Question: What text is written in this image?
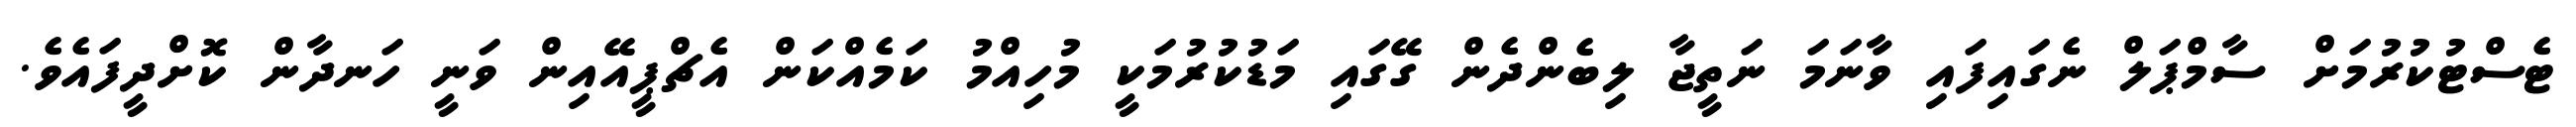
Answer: ޓެސްޓުކުރުމަށް ސާމްޕަލް ނެގައިފައި ވާނަމަ ނަތީޖާ ލިބެންދެން ގޭގައި މަޑުކުރުމަކީ މުހިއްމު ކަމެއްކަން އެޗްޕީއޭއިން ވަނީ ހަނދާން ކޮށްދީފައެވެ.